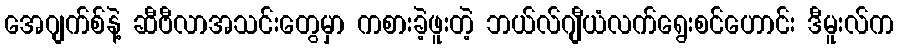
အေဂျက်စ်နဲ့ ဆီဗီလာအသင်းတွေမှာ ကစားခဲ့ဖူးတဲ့ ဘယ်လ်ဂျီယံလက်ရွေးစင်ဟောင်း ဒီမူးလ်က